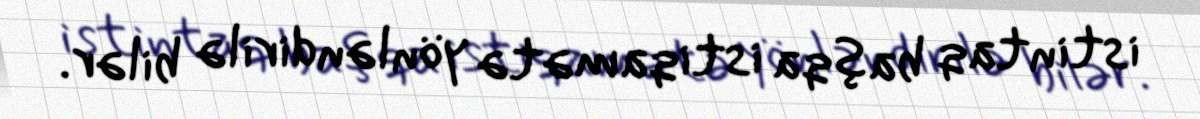
istintaq başqa istiqamətə yönləndirilə bilər.